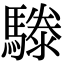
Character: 𩥱